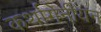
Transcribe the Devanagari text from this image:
कर्थागेनीयन